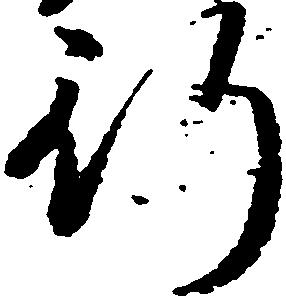
行